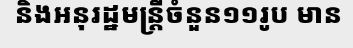
និងអនុរដ្ឋមន្ត្រីចំនួន១១រូប មាន